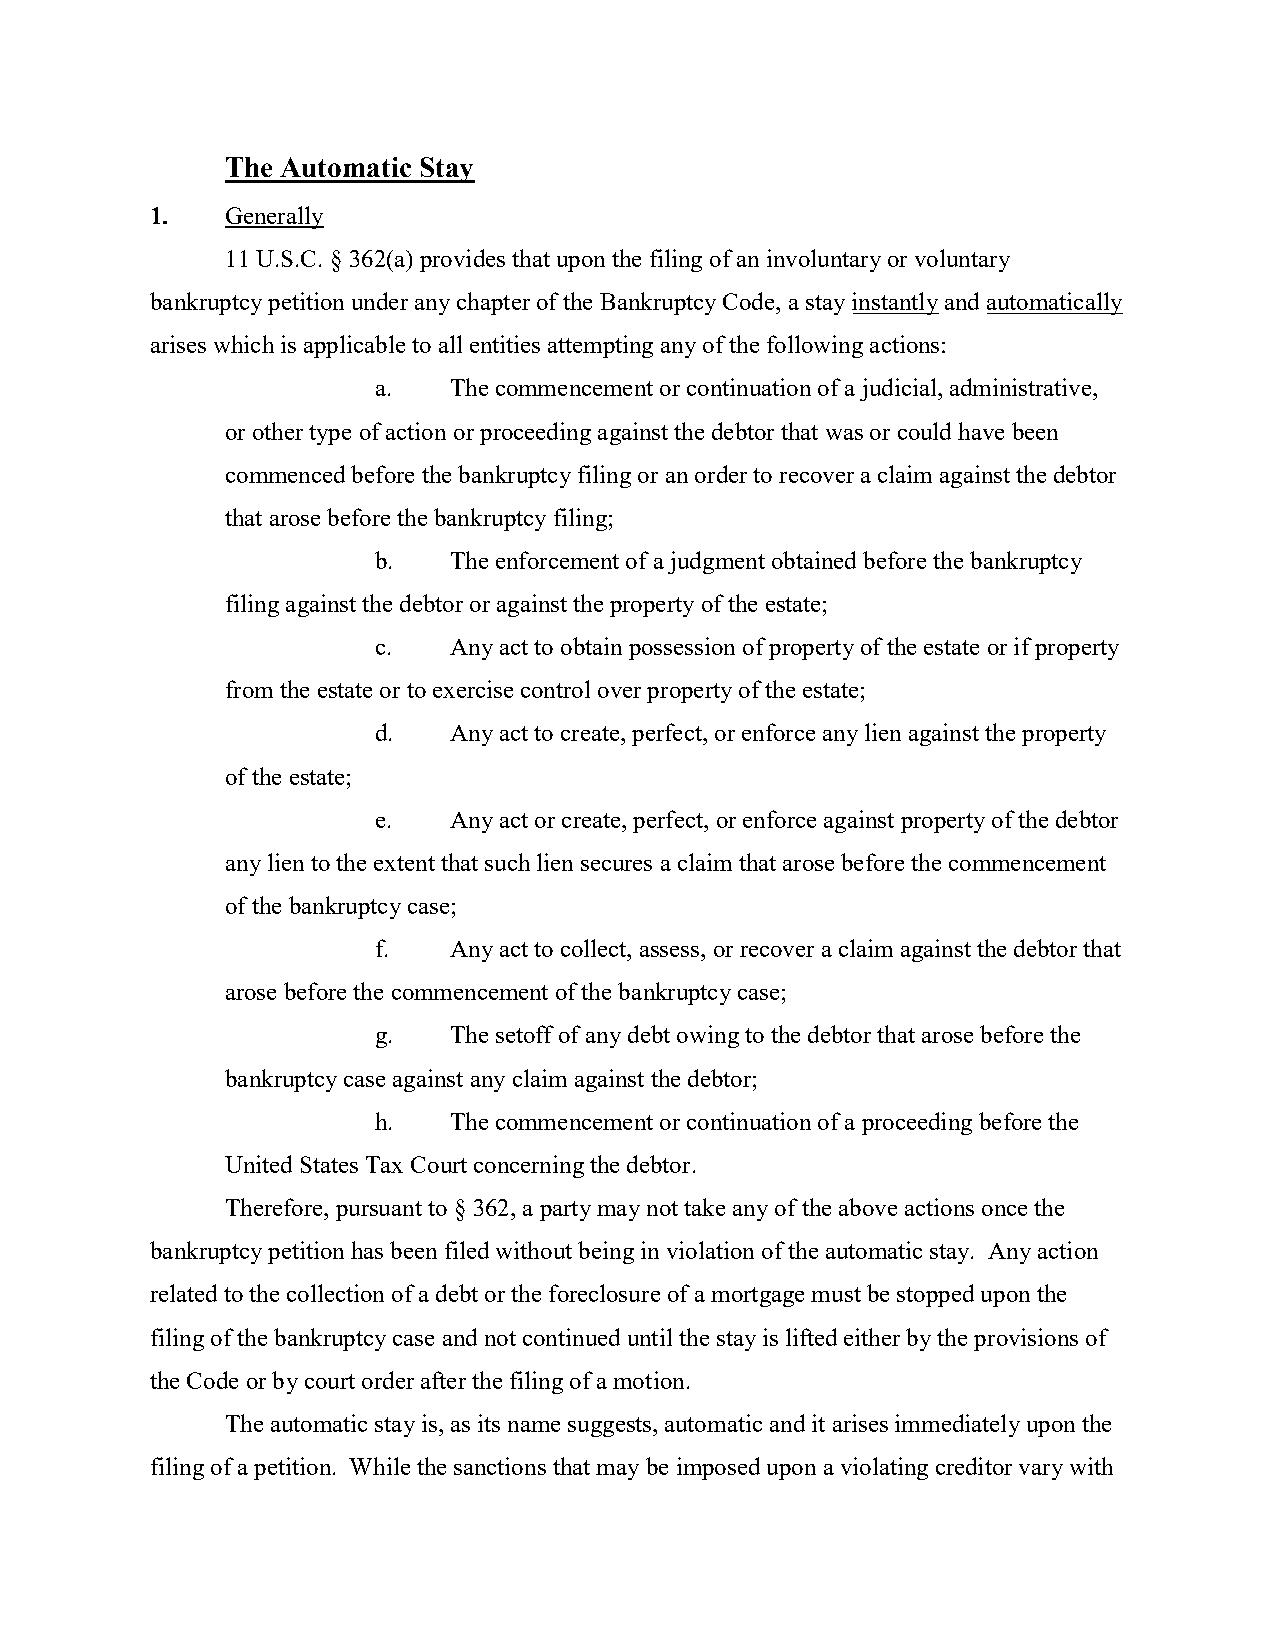
The Automatic Stay
 1.   Generally
 11 U.S.C. § 362(a) provides that upon the filing of an involuntary or voluntary
 bankruptcy petition under any chapter of the Bankruptcy Code, a stay instantly and automatically
 arises which is applicable to all entities attempting any of the following actions:
 a.   The commencement or continuation of a judicial, administrative,
 or other type of action or proceeding against the debtor that was or could have been
 commenced before the bankruptcy filing or an order to recover a claim against the debtor
 that arose before the bankruptcy filing;
 b.   The enforcement of a judgment obtained before the bankruptcy
 filing against the debtor or against the property of the estate;
 c.   Any act to obtain possession of property of the estate or if property
 from the estate or to exercise control over property of the estate;
 d.   Any act to create, perfect, or enforce any lien against the property
 of the estate;
 e.   Any act or create, perfect, or enforce against property of the debtor
 any lien to the extent that such lien secures a claim that arose before the commencement
 of the bankruptcy case;
 f.   Any act to collect, assess, or recover a claim against the debtor that
 arose before the commencement of the bankruptcy case;
 g.   The setoff of any debt owing to the debtor that arose before the
 bankruptcy case against any claim against the debtor;
 h.   The commencement or continuation of a proceeding before the
 United States Tax Court concerning the debtor.
 Therefore, pursuant to § 362, a party may not take any of the above actions once the
 bankruptcy petition has been filed without being in violation of the automatic stay. Any action
 related to the collection of a debt or the foreclosure of a mortgage must be stopped upon the
 filing of the bankruptcy case and not continued until the stay is lifted either by the provisions of
 the Code or by court order after the filing of a motion.
 The automatic stay is, as its name suggests, automatic and it arises immediately upon the
 filing of a petition. While the sanctions that may be imposed upon a violating creditor vary with